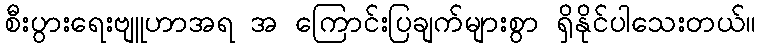
စီးပွားရေးဗျူဟာအရ အ ကြောင်းပြချက်များစွာ ရှိနိုင်ပါသေးတယ်။